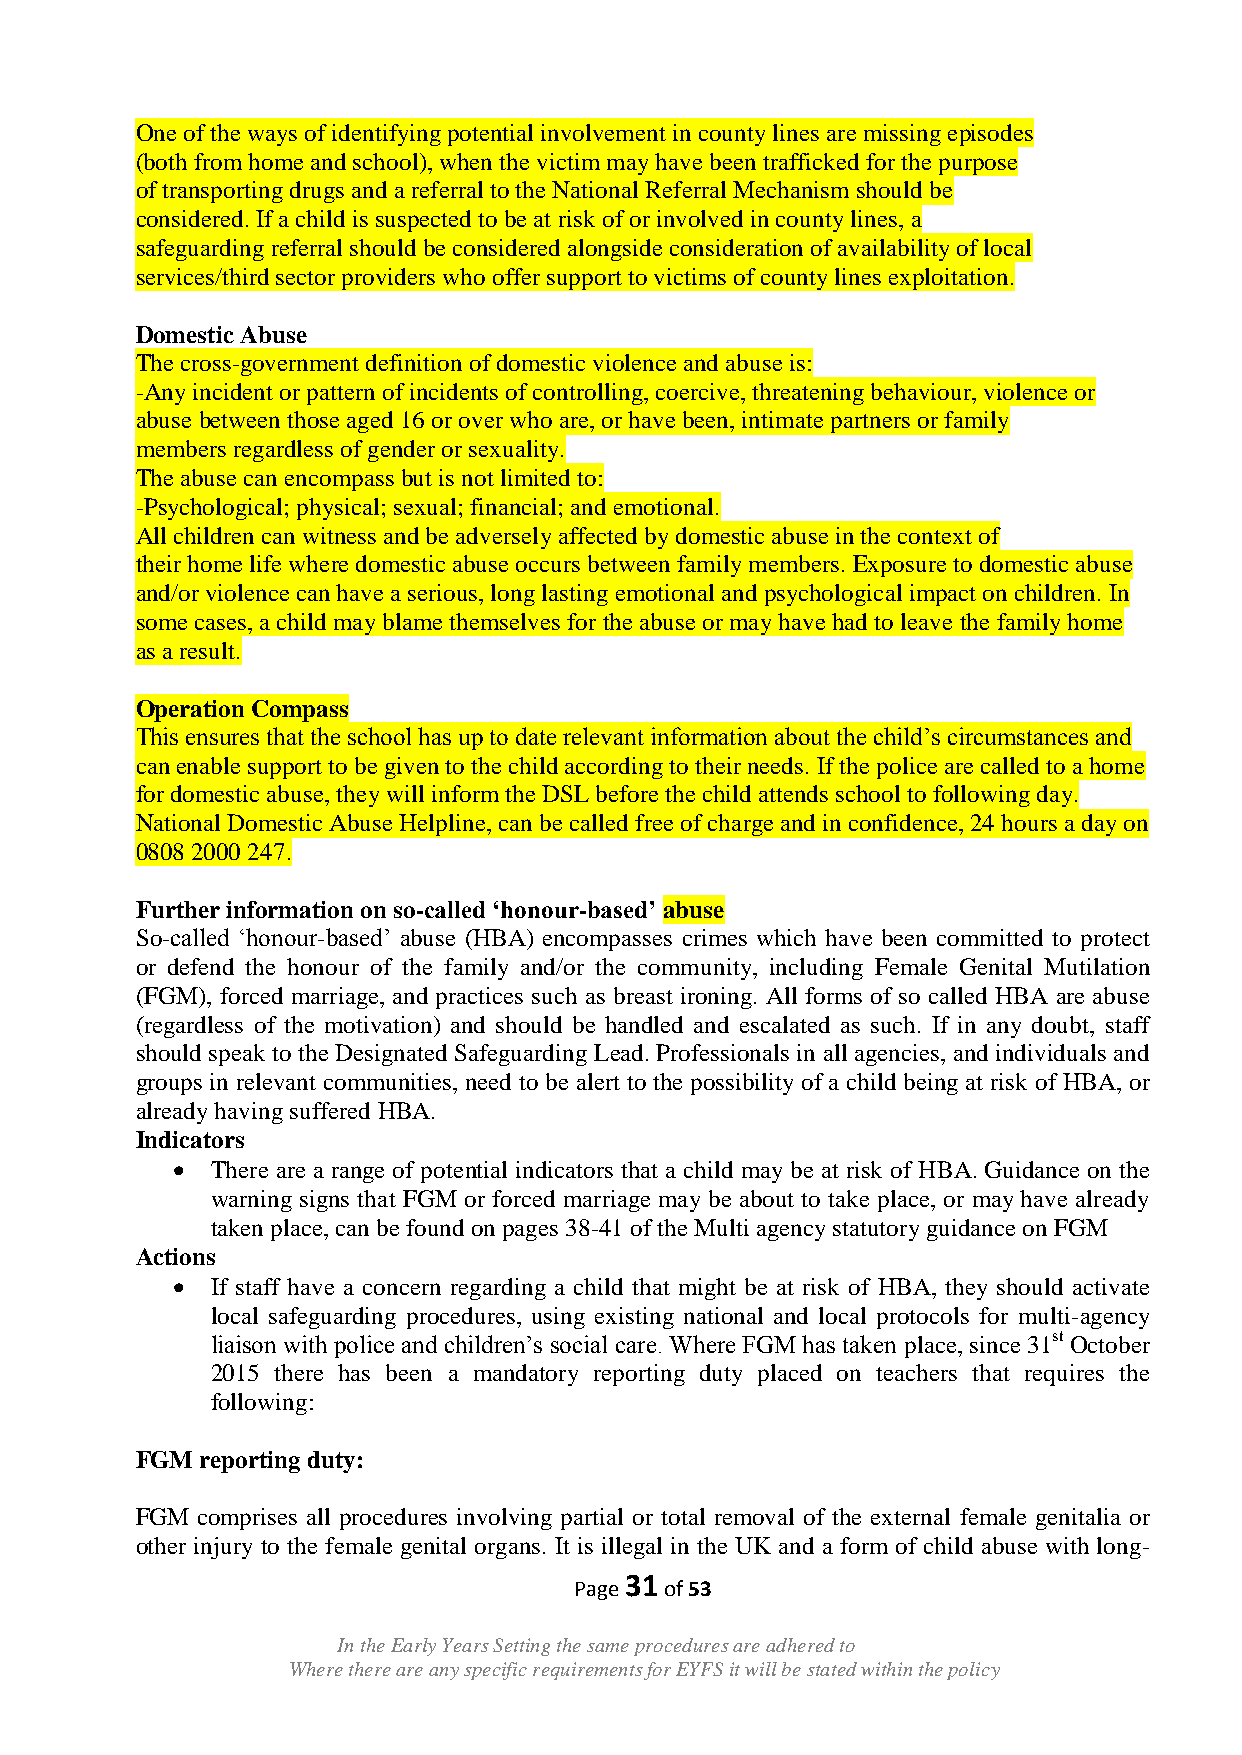
One of the ways of identifying potential involvement in county lines are missing episodes
 (both from home and school), when the victim may have been trafficked for the purpose
 of transporting drugs and a referral to the National Referral Mechanism should be
 considered. If a child is suspected to be at risk of or involved in county lines, a
 safeguarding referral should be considered alongside consideration of availability of local
 services/third sector providers who offer support to victims of county lines exploitation.
 Domestic Abuse
 The cross-government definition of domestic violence and abuse is:
 -Any incident or pattern of incidents of controlling, coercive, threatening behaviour, violence or
 abuse between those aged 16 or over who are, or have been, intimate partners or family
 members regardless of gender or sexuality.
 The abuse can encompass but is not limited to:
 -Psychological; physical; sexual; financial; and emotional.
 All children can witness and be adversely affected by domestic abuse in the context of
 their home life where domestic abuse occurs between family members. Exposure to domestic abuse
 and/or violence can have a serious, long lasting emotional and psychological impact on children. In
 some cases, a child may blame themselves for the abuse or may have had to leave the family home
 as a result.
 Operation Compass
 This ensures that the school has up to date relevant information about the child‟s circumstances and
 can enable support to be given to the child according to their needs. If the police are called to a home
 for domestic abuse, they will inform the DSL before the child attends school to following day.
 National Domestic Abuse Helpline, can be called free of charge and in confidence, 24 hours a day on
 0808 2000 247.
 Further information on so-called „honour-based‟ abuse
 So-called „honour-based‟ abuse (HBA) encompasses crimes which have been committed to protect
 or defend the honour of the family and/or the community, including Female Genital Mutilation
 (FGM), forced marriage, and practices such as breast ironing. All forms of so called HBA are abuse
 (regardless of the motivation) and should be handled and escalated as such. If in any doubt, staff
 should speak to the Designated Safeguarding Lead. Professionals in all agencies, and individuals and
 groups in relevant communities, need to be alert to the possibility of a child being at risk of HBA, or
 already having suffered HBA.
 Indicators
   There are a range of potential indicators that a child may be at risk of HBA. Guidance on the
 warning signs that FGM or forced marriage may be about to take place, or may have already
 taken place, can be found on pages 38-41 of the Multi agency statutory guidance on FGM
 Actions
   If staff have a concern regarding a child that might be at risk of HBA, they should activate
 local safeguarding procedures, using existing national and local protocols for multi-agency
 liaison with police and children‟s social care. Where FGM has taken place, since 31st October
 2015 there has been a mandatory reporting duty placed on teachers that requires the
 following:
 FGM reporting duty:
 FGM comprises all procedures involving partial or total removal of the external female genitalia or
 other injury to the female genital organs. It is illegal in the UK and a form of child abuse with long-
 31
 Page  of 53
 In the Early Years Setting the same procedures are adhered to
 Where there are any specific requirements for EYFS it will be stated within the policy